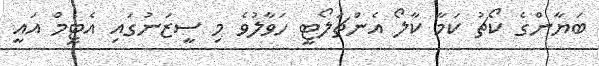
ބަޔާންގެ ކޯޗު ކަމާ ކާލޯ އެންޗަލޯޓީ ހަވާލުވެ މި ސީޒަނުގައި އެޓީމް އައީ